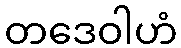
တဒေဝါဟံ